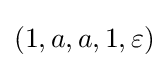
(1,a,a,1,\varepsilon )